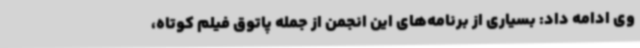
وی ادامه داد: بسیاری از برنامه‌های این انجمن از جمله پاتوق فیلم کوتاه،